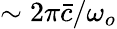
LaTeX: \sim 2\pi\bar{c}/\omega_{o}